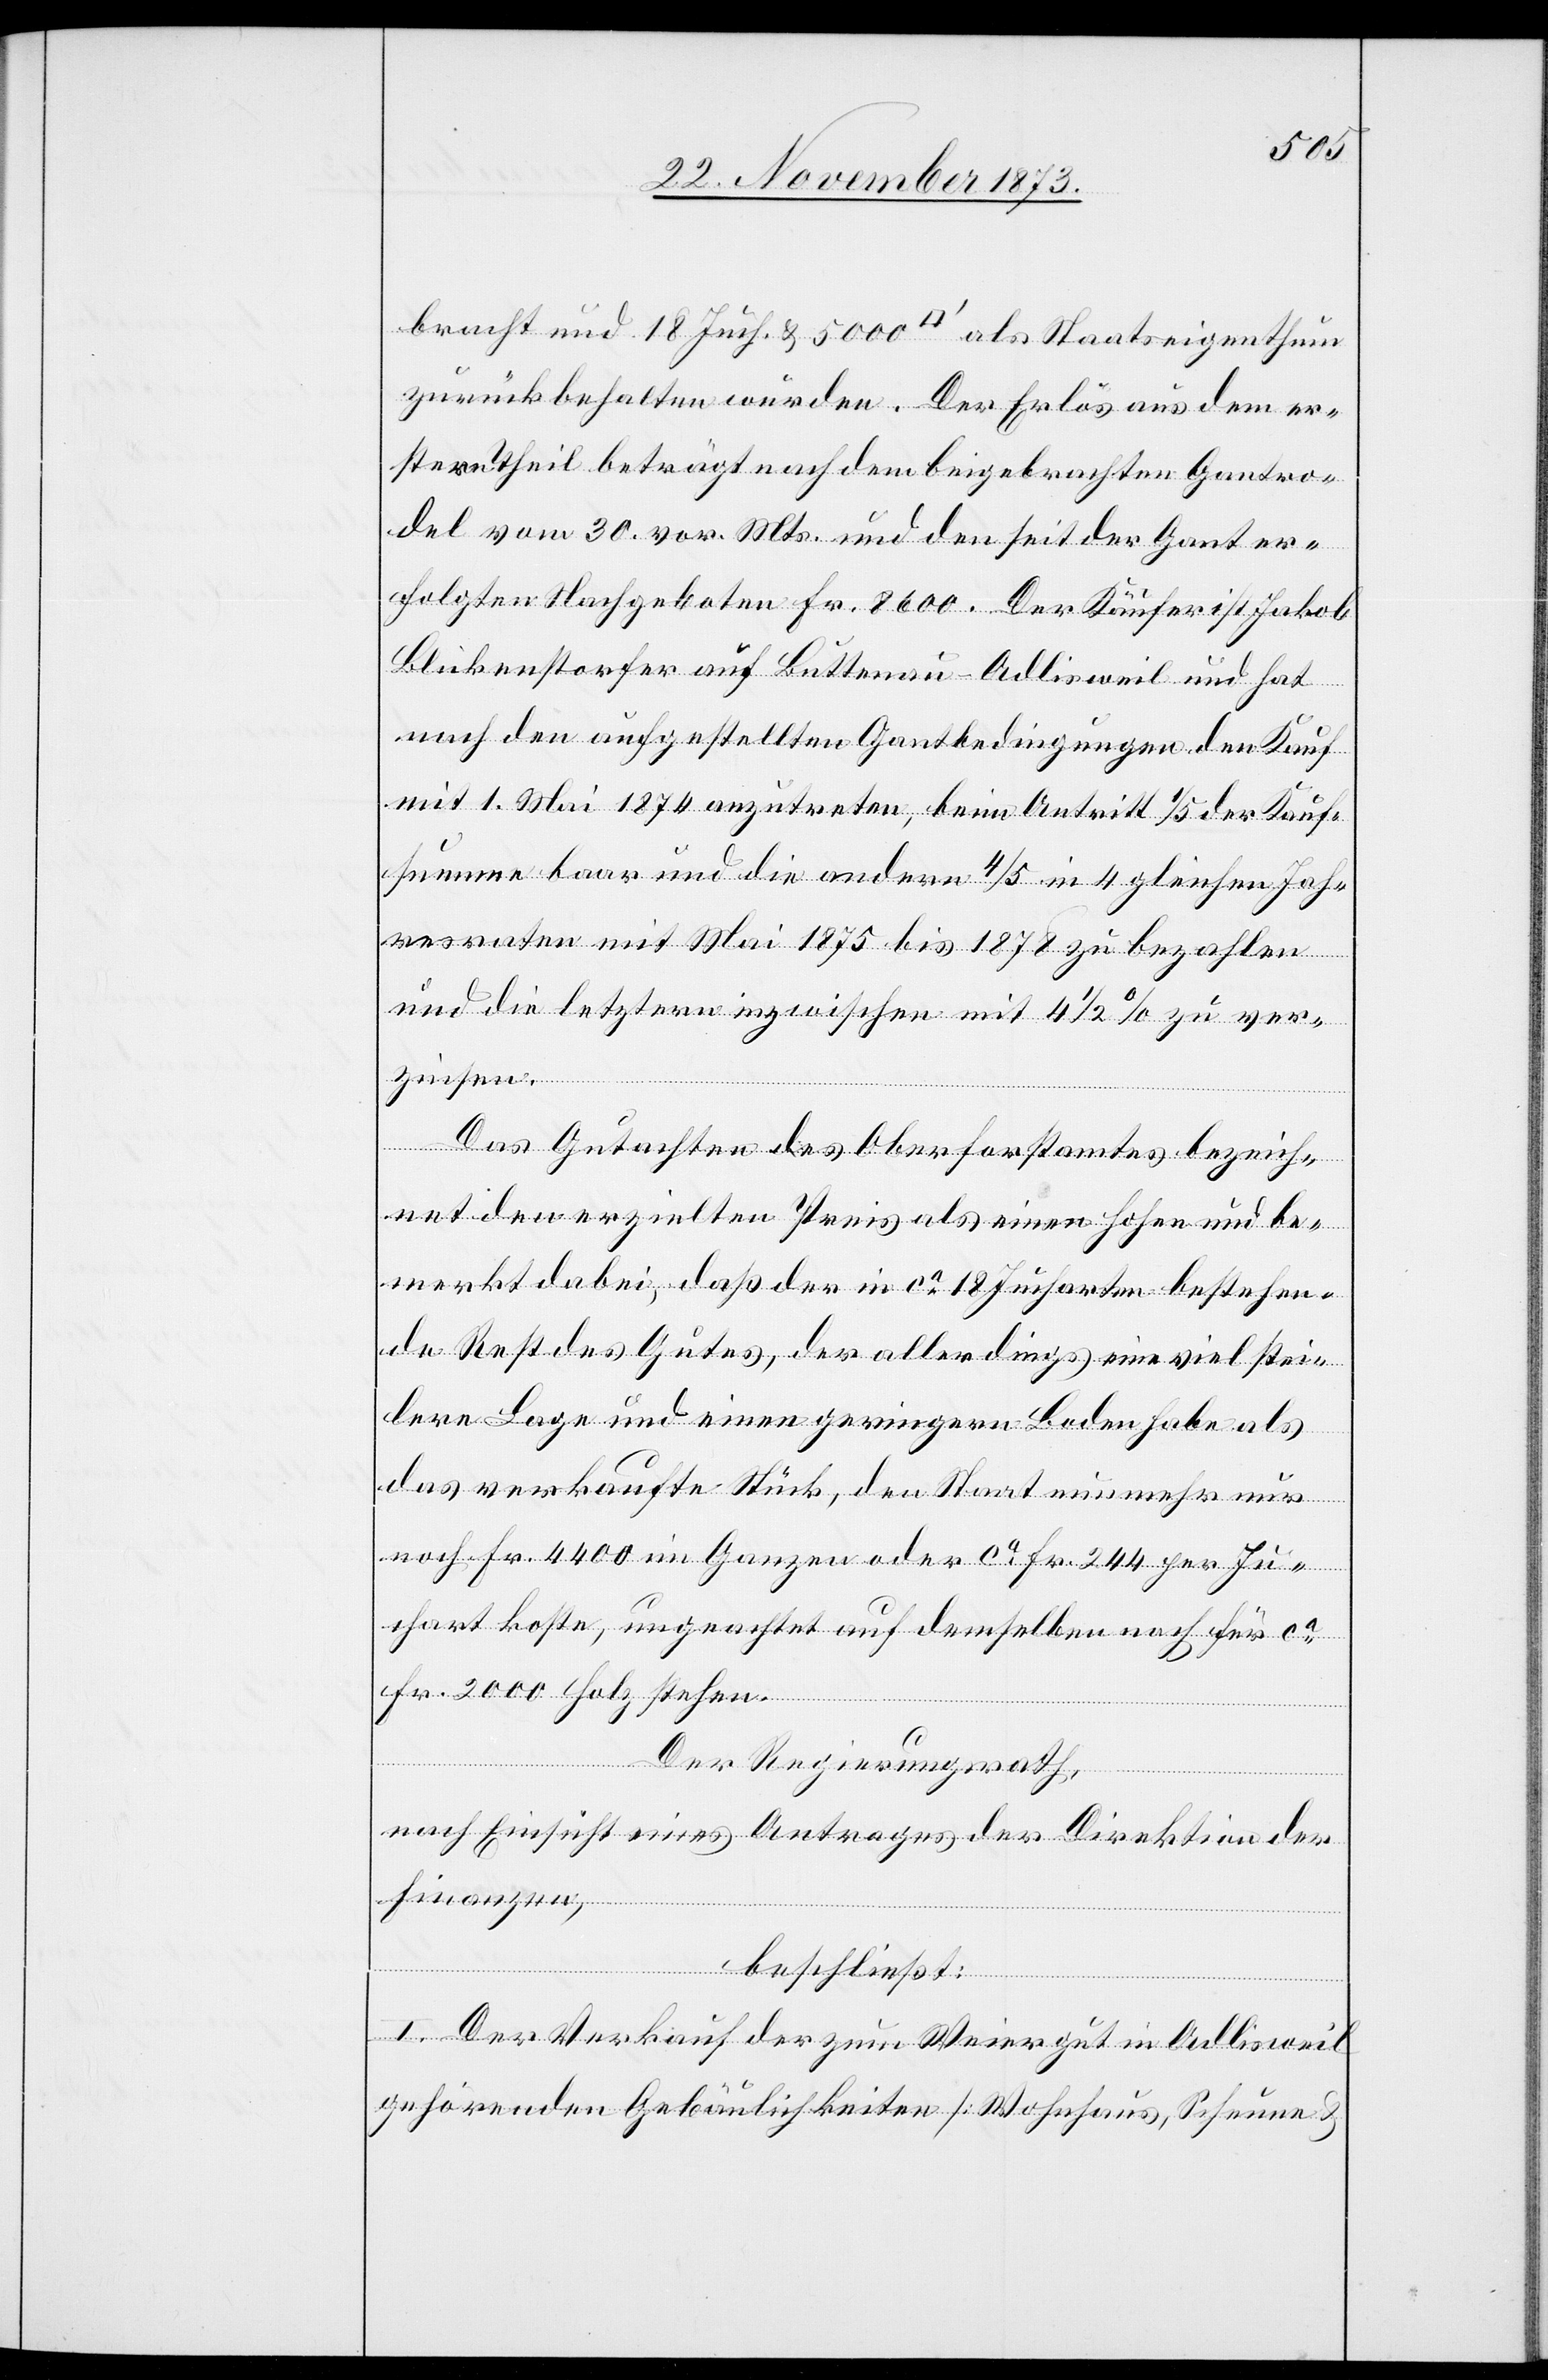
bracht und 18 Juch. & 5 000 [Quadratfuss] als Staatseigenthum
zurückbehalten würden. Der Erlös aus dem er¬
stern Theil beträgt nach dem beigebrachten Gantro¬
del vom 30. vor. Mts. und den seit der Gant er¬
folgten Nachgeboten Fr. 8 600. Der Käufer ist Jakob
Blickenstorfer auf Buttenau - Adlisweil und hat
nach den aufgestellten Gantbedingungen den Kauf
mit 1. Mai 1874 anzutreten, beim Antritt1/5 der Kauf¬
summe baar und die andern 4/5 in 4 gleichen Jah¬
resraten mit Mai 1875 bis 1878 zu bezahlen
und die letztern inzwischen mit 4 1/2% zu ver¬
zinsen.
Das Gutachten des Oberforstamtes bezeich¬
net den erzielten Preis als einen hohen und be¬
merkt dabei, daß der in ca 18 Jucharten bestehen¬
de Rest des Gutes, der allerdings eine viel stei¬
lere Lage und einen geringern Boden habe als
das verkaufte Stück, den Staat nunmehr nur
noch Fr. 4 400 im Ganzen oder ca Fr. 244 per Ju¬
chart koste, ungeachtet auf demselben noch für ca
Fr. 2 000 Holz stehen.
Der Regierungsrath,
nach Einsicht eines Antrages der Direktion der
Finanzen,
beschließt:
I. Der Verkauf der zum Weiergut in Adlisweil
gehörenden Gebäulichkeiten [Wohnhaus, Scheune